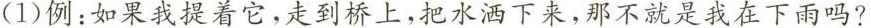
( 1 ) 例：如果我提着它，走到桥上，把水洒下来，那不就是我在下雨吗?